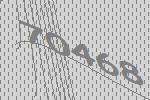
70468